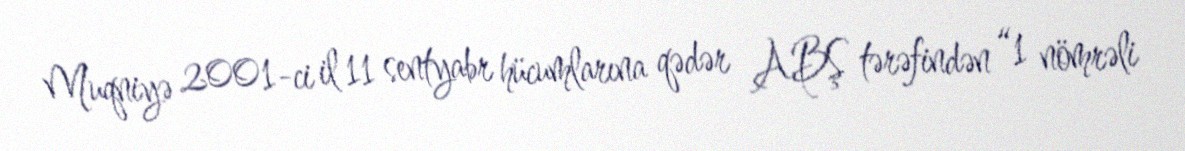
Muqniyə 2001-ci il 11 sentyabr hücumlarına qədər ABŞ tərəfindən “1 nömrəli